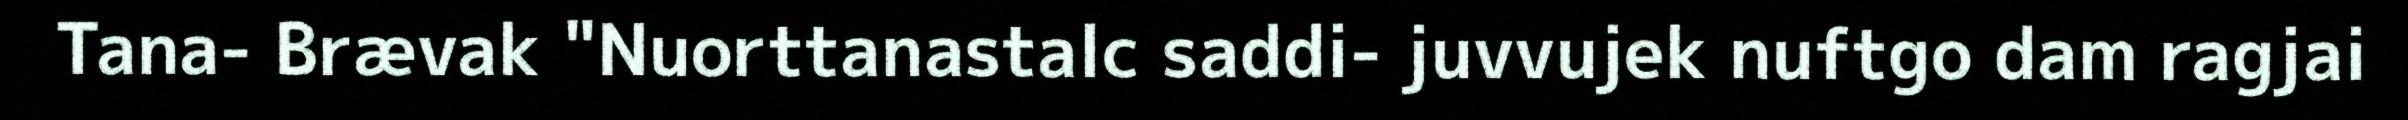
Tana- Brævak "Nuorttanastalc saddi- juvvujek nuftgo dam ragjai